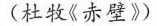
(杜牧《赤壁》)